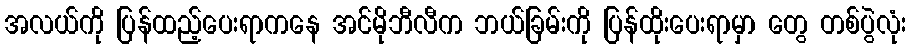
အလယ်ကို ပြန်ထည့်ပေးရာကနေ အင်မိုဘီလီက ဘယ်ခြမ်းကို ပြန်ထိုးပေးရာမှာ တွေ တစ်ပွဲလုံး